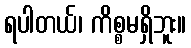
ရပါတယ်၊ ကိစ္စမရှိဘူး။